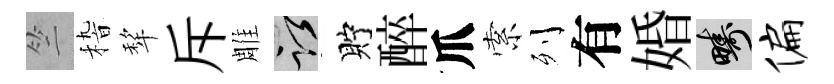
竺𥟵犂斥雕謹貯醉爪索列有婚疇偏